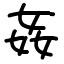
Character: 姦